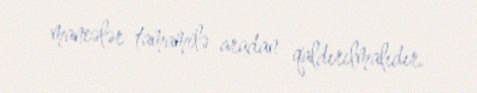
maneələr tamamilə aradan qaldırılmalıdır.